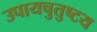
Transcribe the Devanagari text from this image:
उपायचुतुष्टय